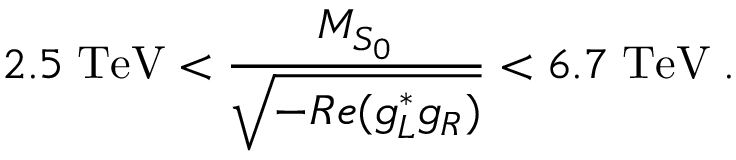
2 . 5 \; \mathrm { T e V } < \frac { M _ { { \cal S } _ { 0 } } } { \sqrt { - { \cal R } e ( g _ { L } ^ { * } g _ { R } ) } } < 6 . 7 \; \mathrm { T e V } \; .